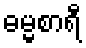
ဓမ္မစာရီ